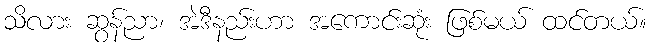
သိလား ဆွန်ညာ၊ အဲဒီနည်းဟာ အကောင်းဆုံး ဖြစ်မယ် ထင်တယ်။